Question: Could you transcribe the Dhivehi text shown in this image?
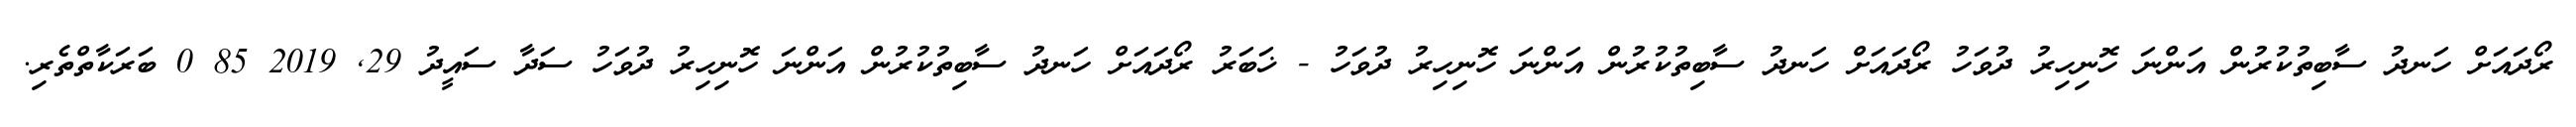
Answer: ރޯދައަށް ހަނދު ސާބިތުކުރުން އަންނަ ހޮނިހިރު ދުވަހު ރޯދައަށް ހަނދު ސާބިތުކުރުން އަންނަ ހޮނިހިރު ދުވަހު - ޚަބަރު ރޯދައަށް ހަނދު ސާބިތުކުރުން އަންނަ ހޮނިހިރު ދުވަހު ސަދާ ސައީދު 29, 2019 85 0 ބަރަކާތްތެރި.